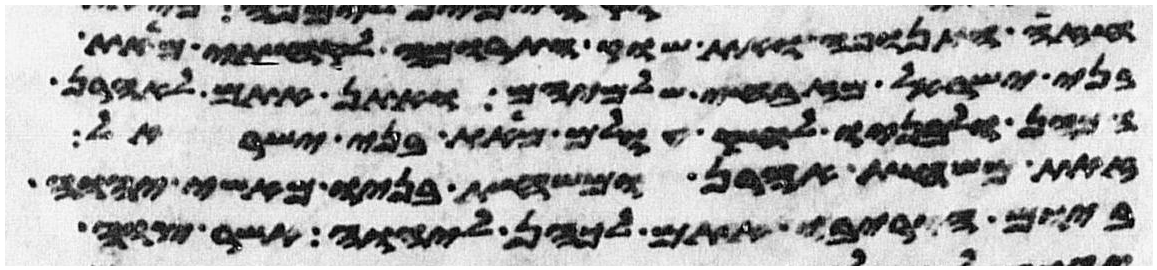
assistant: חזה התנופה ואת שוק התרומה לקחתי מאת
בני ישראל מזבחי שלמיהם ואתן אתם לאהרן
הכהן ולבניו לחק עולם מאת בני ישראל
זאת משחת אהרן ומשחת בניו מאשי יהוה
ביום הקריבו אתם לכהן ליהוה אשר צוה